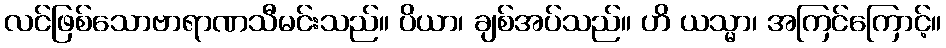
လင်ဖြစ်သောဗာရာဏသီမင်းသည်။ ပိယာ၊ ချစ်အပ်သည်။ ဟိ ယသ္မာ၊ အကြင်ကြောင့်။